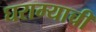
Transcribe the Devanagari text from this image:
घराम्याची